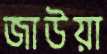
জাউয়া